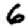
Digit: 6